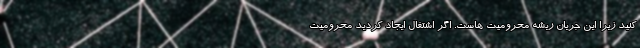
کنید زیرا این جریان ریشه محرومیت هاست. اگر اشتغال ایجاد کردید محرومیت